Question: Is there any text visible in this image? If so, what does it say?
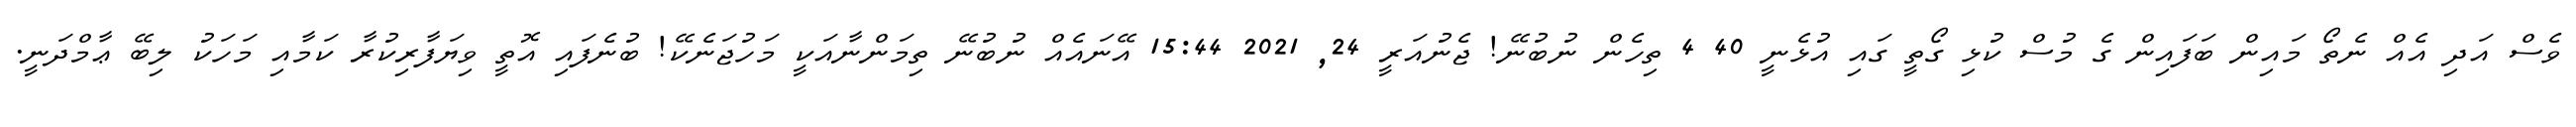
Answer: ވެސް އަދި އެއް ނެތޯ މައިން ބަފައިން ގެ މުސް ކުޅި ގޯތީ ގައި އުޅެނީ 40 4 ތިހެން ނުބުނޭ! ޖެނުއަރީ 24, 2021 15:44 އޭނައެއް ނުބުނޭ ތިމަންނާއަކީ މަހުޖަނެކޭ! ބުނެފައި އޮތީ ވިޔަފާރިކުރާ ކަމާއި މަހަކު ލިބޭ ޢާމްދަނީ.